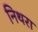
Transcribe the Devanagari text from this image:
निथरा